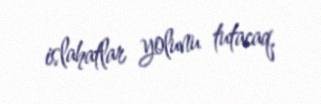
islahatlar yolunu tutacaq.